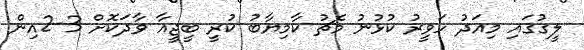
ލީގުގައި މިއަދު ހަވީރު ކުޅުނު މެޗު ކާމިޔާބު ކުރީ ބީޖީއާ ވާދަކޮށް 3-2އިން